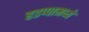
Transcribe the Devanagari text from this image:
हडप्पामध्ये